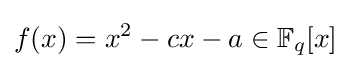
f(x)=x^{2}-cx-a\in \mathbb {F} _{q}[x]